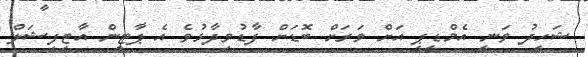
ޝަހީދު ވަނީ އެމްޑީޕީ އަށް ވަރަށް ބޮޑަށް ފާޑުވިދާޅުވެ އެ ޕާޓީން އާޓިފިޝަލް